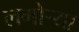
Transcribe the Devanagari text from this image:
लगोर्‍या